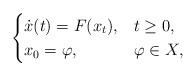
LaTeX: \begin{align*} \begin{cases} \dot{x}(t) = F(x_t), &t\geq 0,\\ x_0 = \varphi, &\varphi \in X, \end{cases}\end{align*}